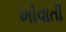
ખોવાતી